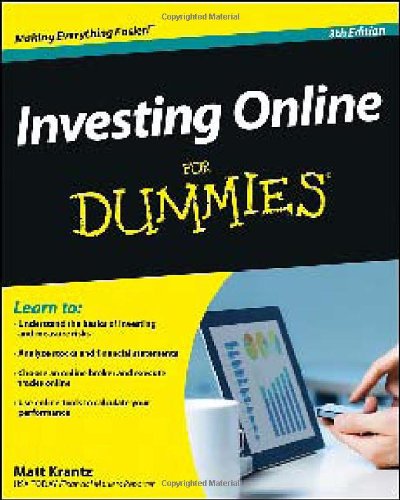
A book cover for Investing Online For Dummies; Matt Krantz; Business & Money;